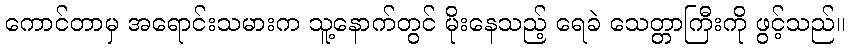
ကောင်တာမှ အရောင်းသမားက သူ့နောက်တွင် မိုးနေသည့် ရေခဲ သေတ္တာကြီးကို ဖွင့်သည်။